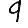
Digit: 9